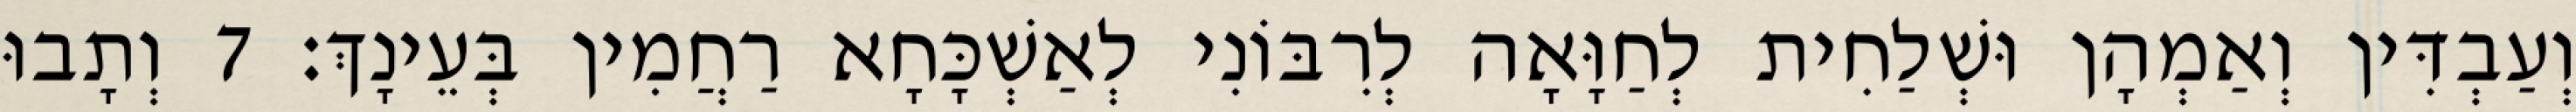
וְעַבְדִּין וְאַמְהָן וּשְׁלַחִית לְחַוָּאָה לְרִבּוֹנִי לְאַשְׁכָּחָא רַחֲמִין בְּעֵינָךְ׃ 7 וְתָבוּ